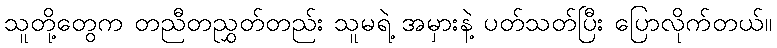
သူတို့တွေက တညီတညွှတ်တည်း သူမရဲ့ အမှားနဲ့ ပတ်သတ်ပြီး ပြောလိုက်တယ်။